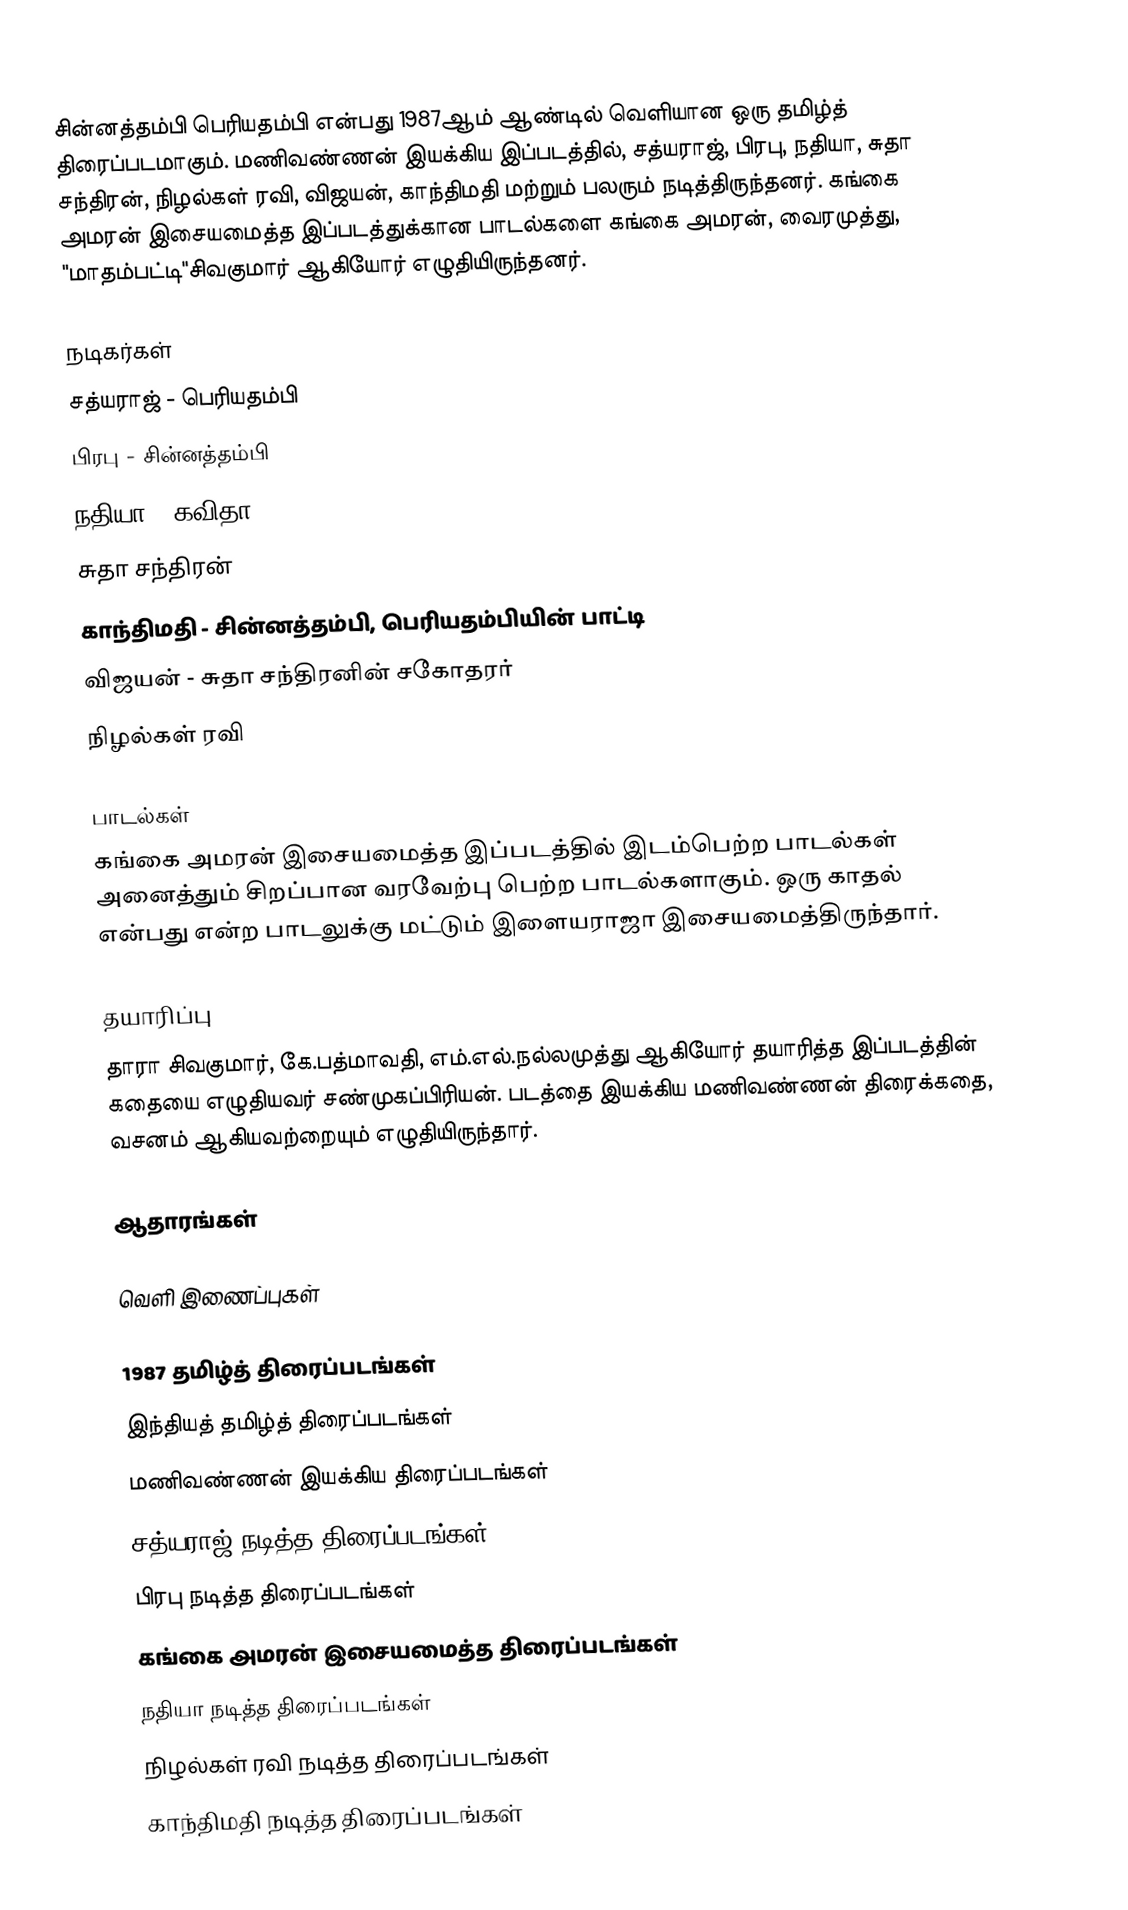
சின்னத்தம்பி பெரியதம்பி என்பது 1987ஆம் ஆண்டில் வெளியான ஒரு தமிழ்த் திரைப்படமாகும். மணிவண்ணன் இயக்கிய இப்படத்தில், சத்யராஜ், பிரபு, நதியா, சுதா சந்திரன், நிழல்கள் ரவி, விஜயன், காந்திமதி மற்றும் பலரும் நடித்திருந்தனர். கங்கை அமரன் இசையமைத்த இப்படத்துக்கான பாடல்களை கங்கை அமரன், வைரமுத்து, "மாதம்பட்டி"சிவகுமார் ஆகியோர் எழுதியிருந்தனர்.

நடிகர்கள்
 சத்யராஜ் - பெரியதம்பி
 பிரபு - சின்னத்தம்பி
 நதியா - கவிதா
 சுதா சந்திரன்
 காந்திமதி - சின்னத்தம்பி, பெரியதம்பியின் பாட்டி
 விஜயன் - சுதா சந்திரனின் சகோதரர்
 நிழல்கள் ரவி

பாடல்கள்
கங்கை அமரன் இசையமைத்த இப்படத்தில் இடம்பெற்ற பாடல்கள் அனைத்தும் சிறப்பான வரவேற்பு பெற்ற பாடல்களாகும். ஒரு காதல் என்பது என்ற பாடலுக்கு மட்டும் இளையராஜா இசையமைத்திருந்தார்.

தயாரிப்பு
தாரா சிவகுமார், கே.பத்மாவதி, எம்.எல்.நல்லமுத்து ஆகியோர் தயாரித்த இப்படத்தின் கதையை எழுதியவர் சண்முகப்பிரியன். படத்தை இயக்கிய மணிவண்ணன் திரைக்கதை, வசனம் ஆகியவற்றையும் எழுதியிருந்தார்.

ஆதாரங்கள்

வெளி இணைப்புகள்

1987 தமிழ்த் திரைப்படங்கள்
இந்தியத் தமிழ்த் திரைப்படங்கள்
மணிவண்ணன் இயக்கிய திரைப்படங்கள்
சத்யராஜ் நடித்த திரைப்படங்கள்
பிரபு நடித்த திரைப்படங்கள்
கங்கை அமரன் இசையமைத்த திரைப்படங்கள்
நதியா நடித்த திரைப்படங்கள்
நிழல்கள் ரவி நடித்த திரைப்படங்கள்
காந்திமதி நடித்த திரைப்படங்கள்